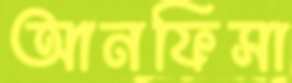
আনফিসা